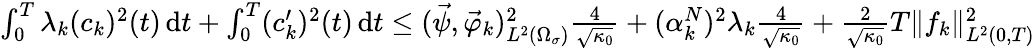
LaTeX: \begin{array}{r}{\int_{0}^{T}\lambda_{k}(c_{k})^{2}(t)\, \mathrm dt+\int_{0}^{T}(c_{k}^{\prime})^{2}(t)\, \mathrm dt\leq(\vec{\psi},\vec{\varphi}_{k})_{L^{2}(\Omega_{\sigma})}^{2}\frac{4}{\sqrt{\kappa_{0}}}+(\alpha_{k}^{N})^{2}\lambda_{k}\frac{4}{\sqrt{\kappa_{0}}}+\frac{2}{\sqrt{\kappa_{0}}}T\| f_{k}\| _{L^{2}(0,T)}^{2}}\end{array}